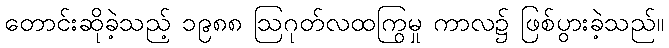
တောင်းဆိုခဲ့သည့် ၁၉၈၈ ဩဂုတ်လထကြွမှု ကာလ၌ ဖြစ်ပွားခဲ့သည်။